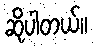
ဆိုပါတယ်။